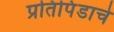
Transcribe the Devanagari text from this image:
प्रतिपिंडाचे